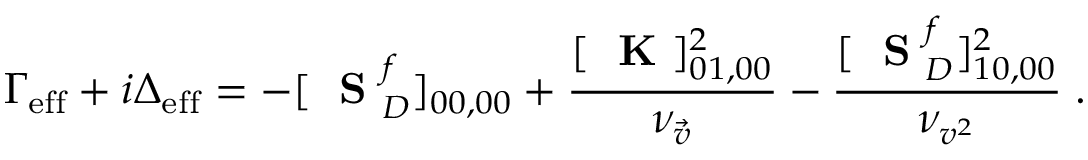
\Gamma _ { \mathrm { e f f } } + i \Delta _ { \mathrm { e f f } } = - [ \mathrm { ~ \bf ~ S ~ } _ { D } ^ { f } ] _ { 0 0 , 0 0 } + \frac { [ \mathrm { ~ \bf ~ K ~ } ] _ { 0 1 , 0 0 } ^ { 2 } } { \nu _ { \vec { v } } } - \frac { [ \mathrm { ~ \bf ~ S ~ } _ { D } ^ { f } ] _ { 1 0 , 0 0 } ^ { 2 } } { \nu _ { v ^ { 2 } } } \; .